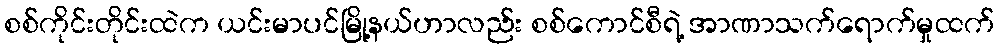
စစ်ကိုင်းတိုင်းထဲက ယင်းမာပင်မြို့နယ်ဟာလည်း စစ်ကောင်စီရဲ့ အာဏာသက်ရောက်မှုထက်